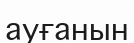
ауғанын